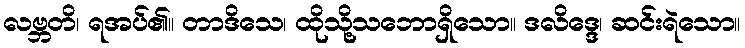
လဗ္ဘတိ၊ ရအပ်၏။ တာဒိသေ၊ ထိုသို့သဘောရှိသော။ ဒလိဒ္ဒေ၊ ဆင်းရဲသော။